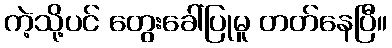
ကဲ့သို့ပင် တွေးခေါ်ပြုမူ တတ်နေပြီ။